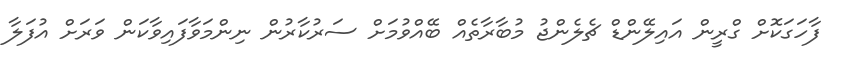
ފާހަގަކޮށް ގްރީން އައިލޭންޑް ޗެލެންޖު މުބާރާތެއް ބޭއްވުމަށް ސަރުކާރުން ނިންމަވާފައިވާކަން ވަރަށް އުފަލާ